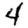
Digit: 4